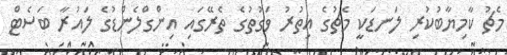
މެޗު ކާމިޔާބުކުރި ލަނޑަކީ މެޗުގެ އިތުރު ވަގުތުގެ ތެރޭގައި އިންގްލެންޑުގެ ލައުރާ ބަސެޓް